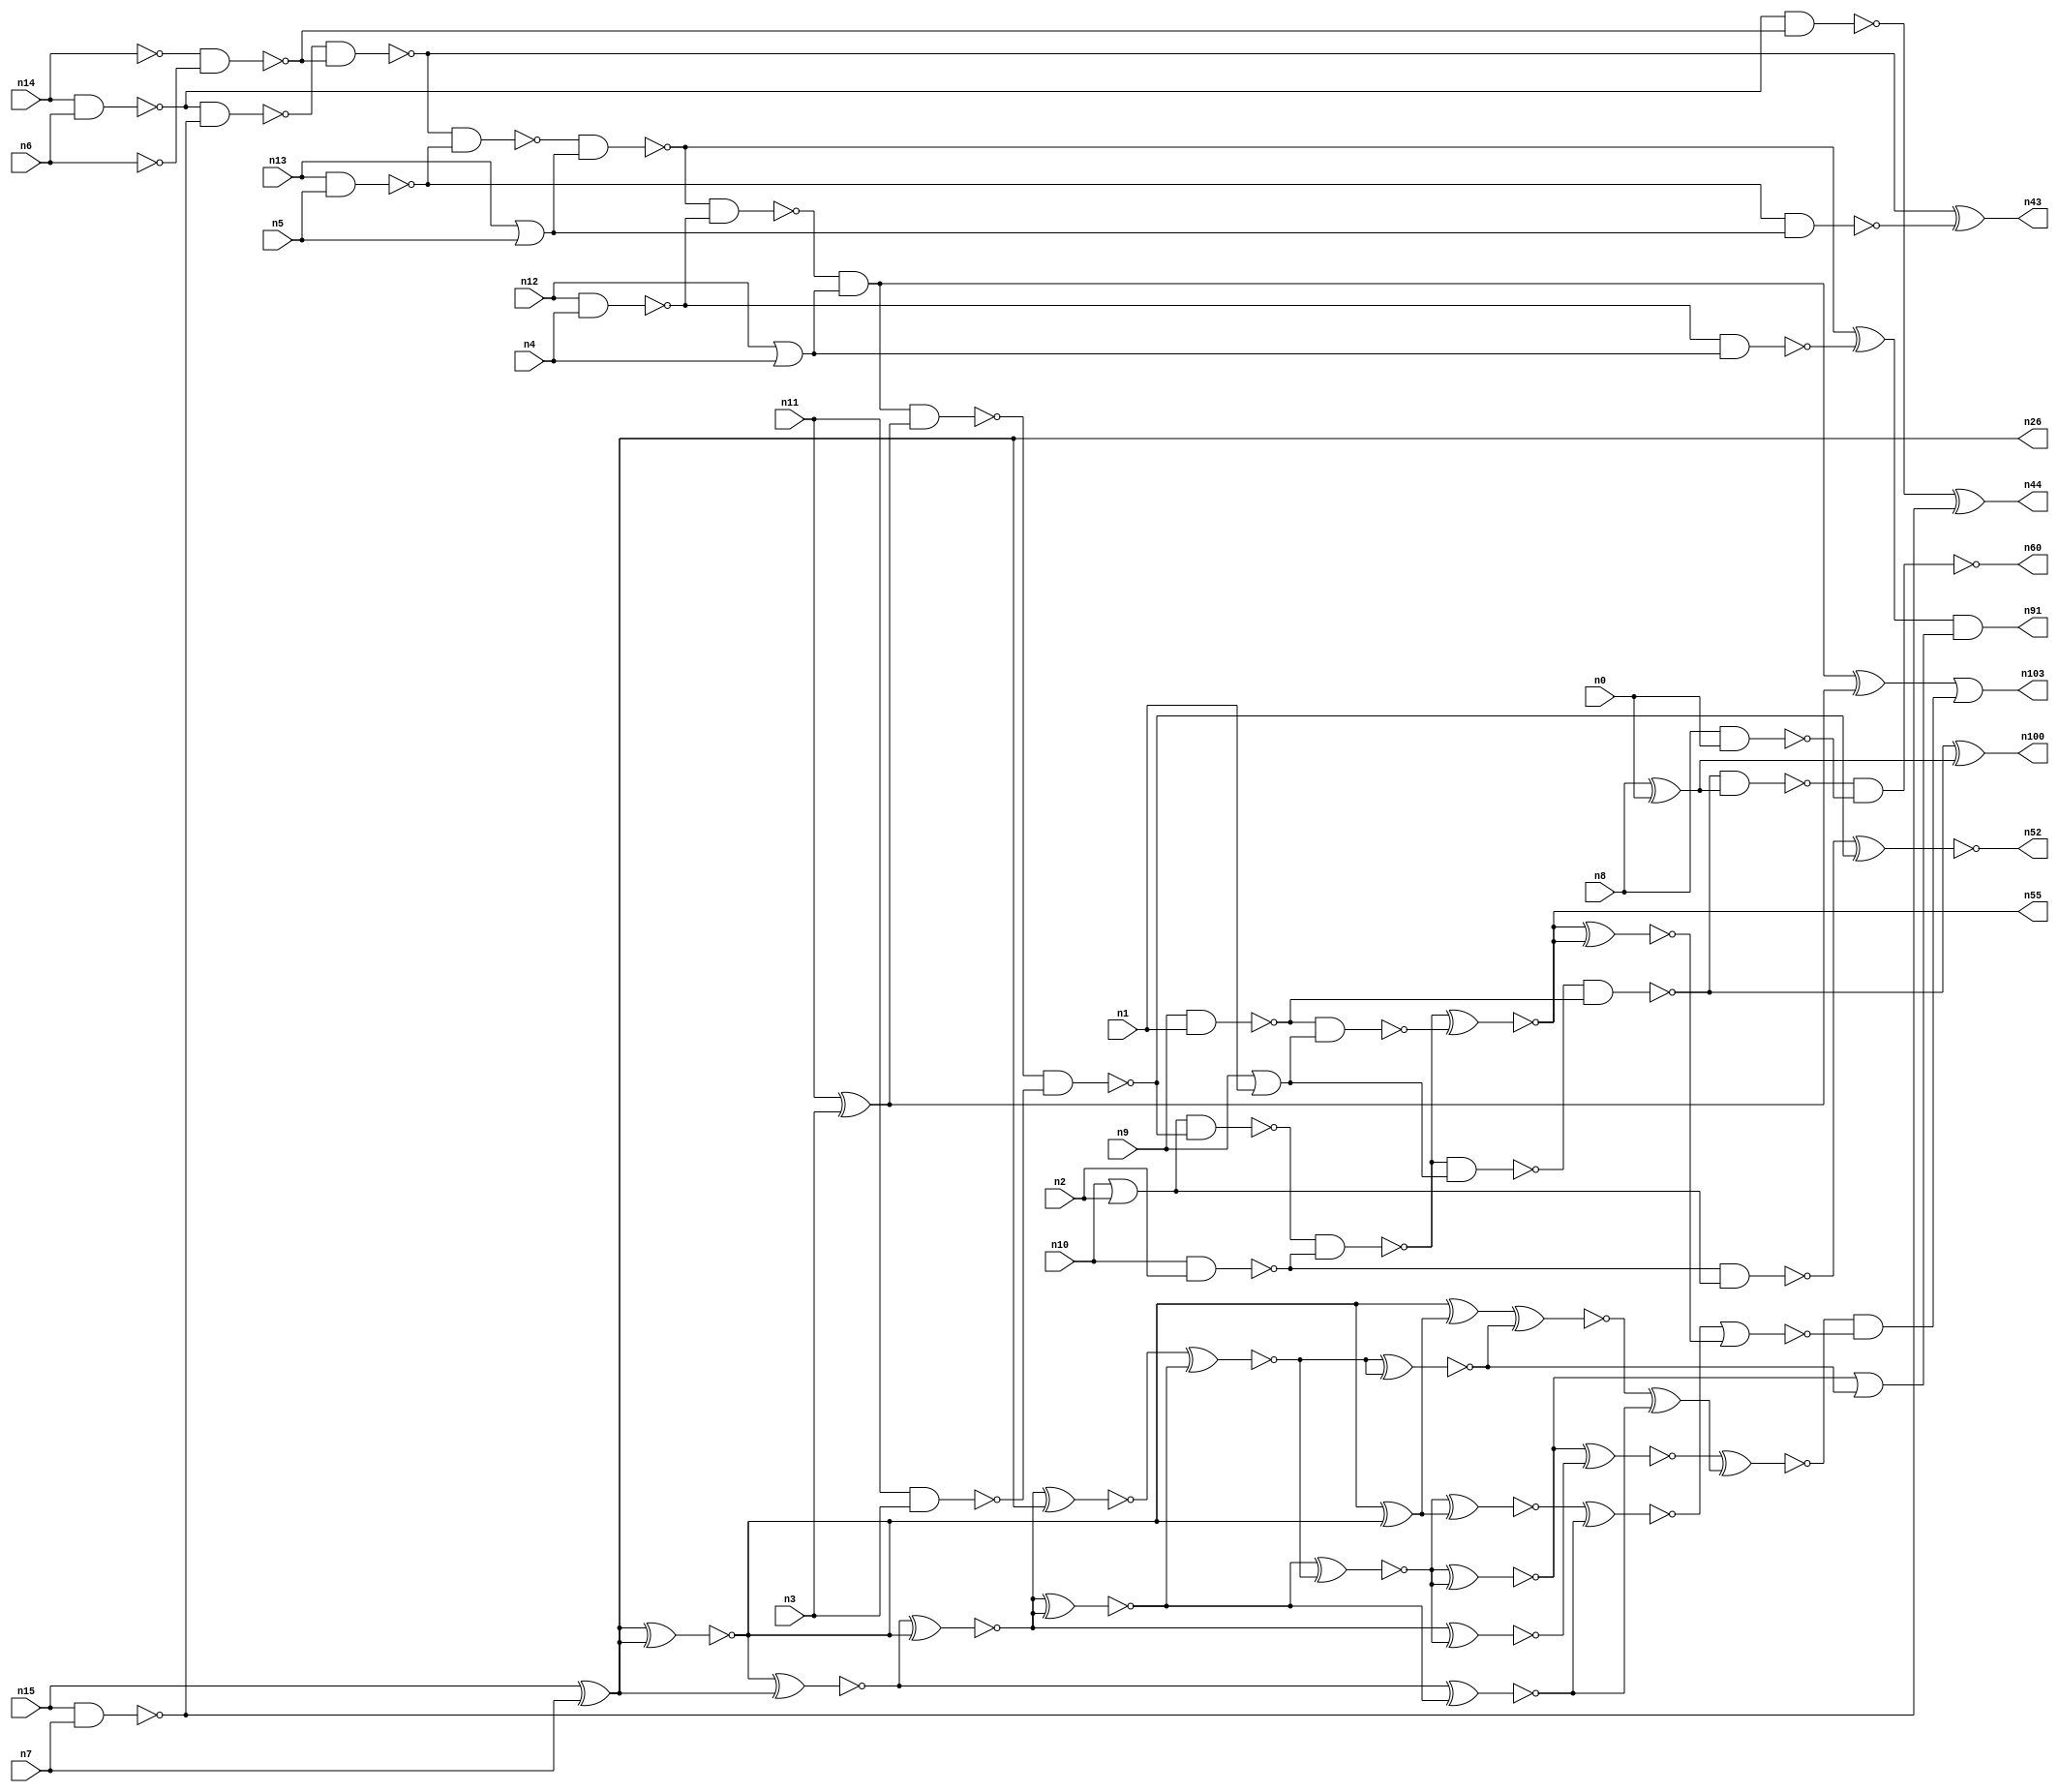
// This file contains a pareto-optimal circuit with respect to delay and the fault-resilince parameter p_fault which is defined as:
// "For all input vectors, the ratio of the no. of faults observable at the POs to the no. of total possible faults in the circuit".
// This code is part of the ReCkt library (https://github.com/umar-afzaal/ReCkt) distributed under The MIT License.
// When used, please cite the following article(s):
// U. Afzaal, A.S. Hassan, M. Usman and J.A. Lee, "On the Evolutionary Synthesis of Increased Fault-resilience Arithmetic Circuits".

// p_fault = 52.6 %    (Lower is better)
// gates = 83.0
// levels = 16
// area = 116.44    (For MCNC library relative to nand2)
// power = 794.7 uW    (Berkely-SIS for MCNC library @ Vdd=5V and 20 MHz clock)
// delay = 25.1 ns    (Berkely-ABC for MCNC library)
// PDP = 1.9947e-11 J

// Pin mapping:
// {n0, n1, n2, n3, n4, n5, n6, n7} = A[7:0]
// {n8, n9, n10, n11, n12, n13, n14, n15} = B[7:0]
// {n60, n100, n55, n52, n103, n91, n43, n44, n26} = O[8:0]

module addr8u_delay_11 (
n0, n1, n2, n3, n4, n5, n6, n7, n8, n9, n10, n11, n12, n13, n14, n15, 
n60, n100, n55, n52, n103, n91, n43, n44, n26
);

input n0, n1, n2, n3, n4, n5, n6, n7, n8, n9, n10, n11, n12, n13, n14, n15;
output n60, n100, n55, n52, n103, n91, n43, n44, n26;
wire n30, n69, n68, n102, n79, n61, n46, n18, n59, n93, n45, n90, n56, n37, n80, n101, n53, n62, n40, n25, 
n85, n67, n81, n22, n38, n97, n57, n39, n70, n19, n34, n76, n50, n29, n72, n35, n24, n63, n75, n49, 
n89, n74, n17, n65, n42, n87, n51, n82, n78, n36, n47, n98, n20, n23, n83, n16, n66, n48, n21, n41, 
n54, n27, n33, n28, n58, n88, n71, n73, n31, n84, n32, n77, n64, n99;

nand (n16, n13, n5);
not (n17, n14);
or (n18, n12, n4);
nand (n19, n10, n2);
nand (n20, n15, n7);
or (n21, n10, n2);
not (n22, n6);
xor (n23, n8, n0);
or (n24, n13, n5);
nand (n25, n14, n6);
xor (n26, n15, n7);
nand (n27, n12, n4);
xor (n28, n11, n3);
nor (n29, n9, n1);
nand (n30, n8, n0);
nand (n31, n9, n1);
nand (n32, n11, n3);
nand (n33, n27, n18);
not (n34, n29);
nand (n35, n16, n24);
nand (n36, n25, n20);
nand (n37, n17, n22);
nand (n38, n19, n21);
nand (n39, n36, n37);
nand (n40, n25, n37);
nand (n41, n31, n34);
nand (n42, n39, n16);
xor (n43, n39, n35);
xor (n44, n40, n20);
nand (n45, n42, n24);
nand (n46, n45, n27);
xor (n47, n45, n33);
and (n48, n46, n18);
nand (n49, n48, n28);
xor (n50, n48, n28);
nand (n51, n49, n32);
xnor (n52, n38, n51);
nand (n53, n21, n51);
nand (n54, n53, n19);
xnor (n55, n54, n41);
nand (n56, n54, n34);
nand (n57, n56, n31);
nand (n58, n57, n23);
xor (n59, n57, n23);
nand (n60, n58, n30);
xnor (n61, n26, n26);
xnor (n62, n26, n26);
xnor (n63, n26, n26);
xnor (n64, n61, n26);
xnor (n65, n26, n26);
xnor (n66, n64, n63);
xnor (n67, n26, n62);
xnor (n68, n26, n62);
xor (n69, n63, n65);
xnor (n70, n64, n61);
xnor (n71, n66, n26);
xnor (n72, n68, n65);
xnor (n73, n68, n61);
xnor (n74, n72, n70);
xor (n75, n61, n69);
xnor (n76, n72, n73);
xnor (n77, n67, n76);
xnor (n78, n71, n74);
xnor (n79, n71, n76);
xnor (n80, n70, n73);
xnor (n81, n74, n79);
xnor (n82, n78, n78);
xnor (n83, n80, n79);
xnor (n84, n81, n81);
xnor (n85, n75, n82);
xnor (n87, n83, n69);
xnor (n88, n87, n77);
or (n89, n84, n82);
xor (n90, n85, n77);
and (n91, n47, n89);
xnor (n93, n66, n83);
xnor (n97, n84, n93);
xnor (n98, n97, n90);
xnor (n99, n55, n55);
and (n100, n59, n59);
nor (n101, n88, n99);
and (n102, n98, n101);
or (n103, n50, n102);

endmodule